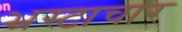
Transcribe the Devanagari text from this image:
भ्रस्टाचार